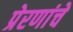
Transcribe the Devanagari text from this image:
प्रेरणांचे